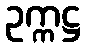
ဥက္ကဋ္ဌ